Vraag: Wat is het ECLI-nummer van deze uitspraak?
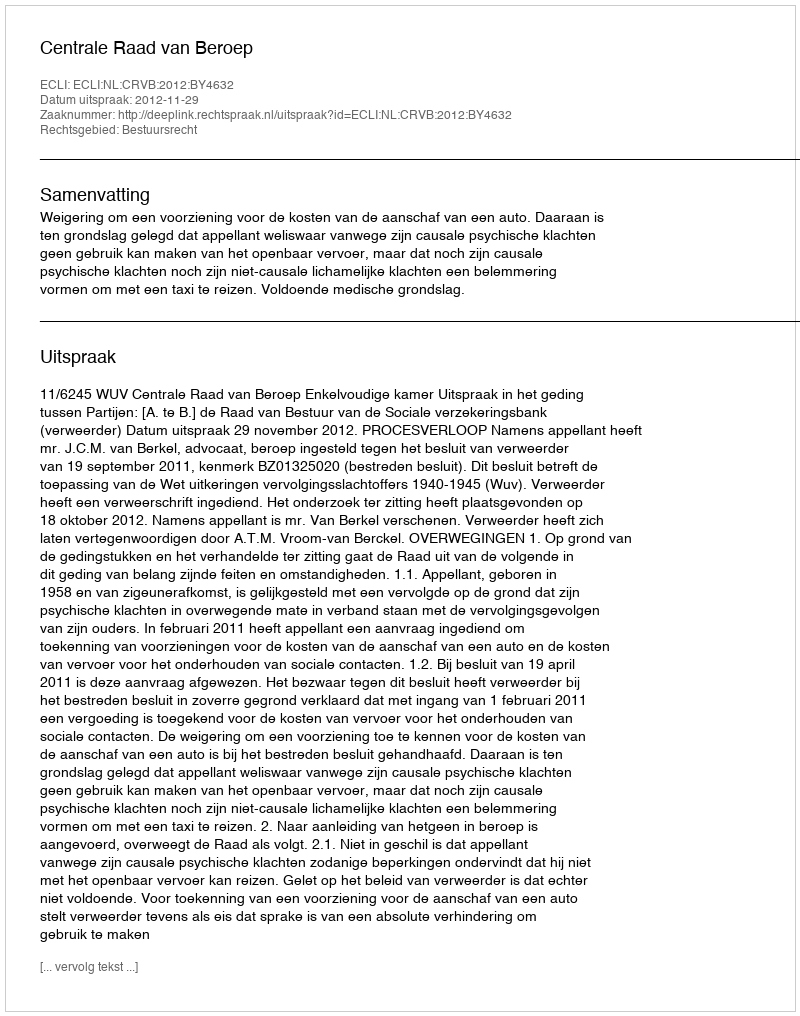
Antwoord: ECLI:NL:CRVB:2012:BY4632